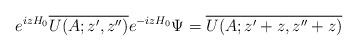
LaTeX: \begin{align*}e^{izH_0} \overline{U(A;z',z'')} e^{-izH_0} \Psi = \overline{U(A;z' +z , z'' +z)} \end{align*}